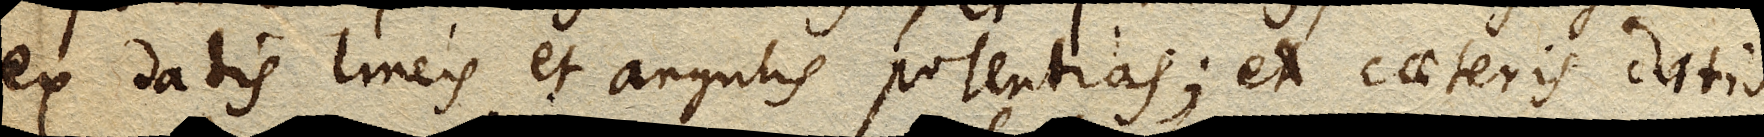
ex datis lineis et angulis potentias; ex caeteris datis